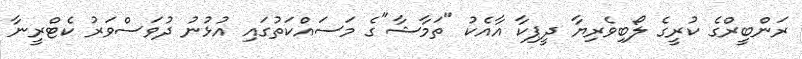
ރަންބީރްގެ ކުރީގެ ލޯބިވެރިޔާ ދީޕިކާ އާއެކު "ތަމާޝާ"ގެ މަސައްކަތުގައި އުޅުނު ދުވަސްވަރު ކެޓްރީނާ